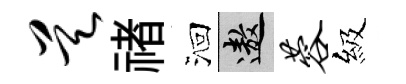
昊禇洄遨蓉級